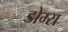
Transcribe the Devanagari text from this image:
डोम्स